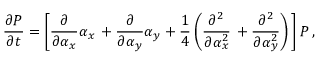
\frac { \partial P } { \partial t } = \left[ \frac { \partial } { \partial \alpha _ { x } } \alpha _ { x } \, + \frac { \partial } { \partial \alpha _ { y } } \alpha _ { y } + \frac { 1 } { 4 } \left( \frac { \partial ^ { 2 } } { \partial \alpha _ { x } ^ { 2 } } \, + \frac { \partial ^ { 2 } } { \partial \alpha _ { y } ^ { 2 } } \right) \, \right] P \, ,